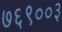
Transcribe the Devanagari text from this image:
७६९००३